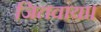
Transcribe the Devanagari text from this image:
जितवाया।